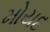
મોયદ